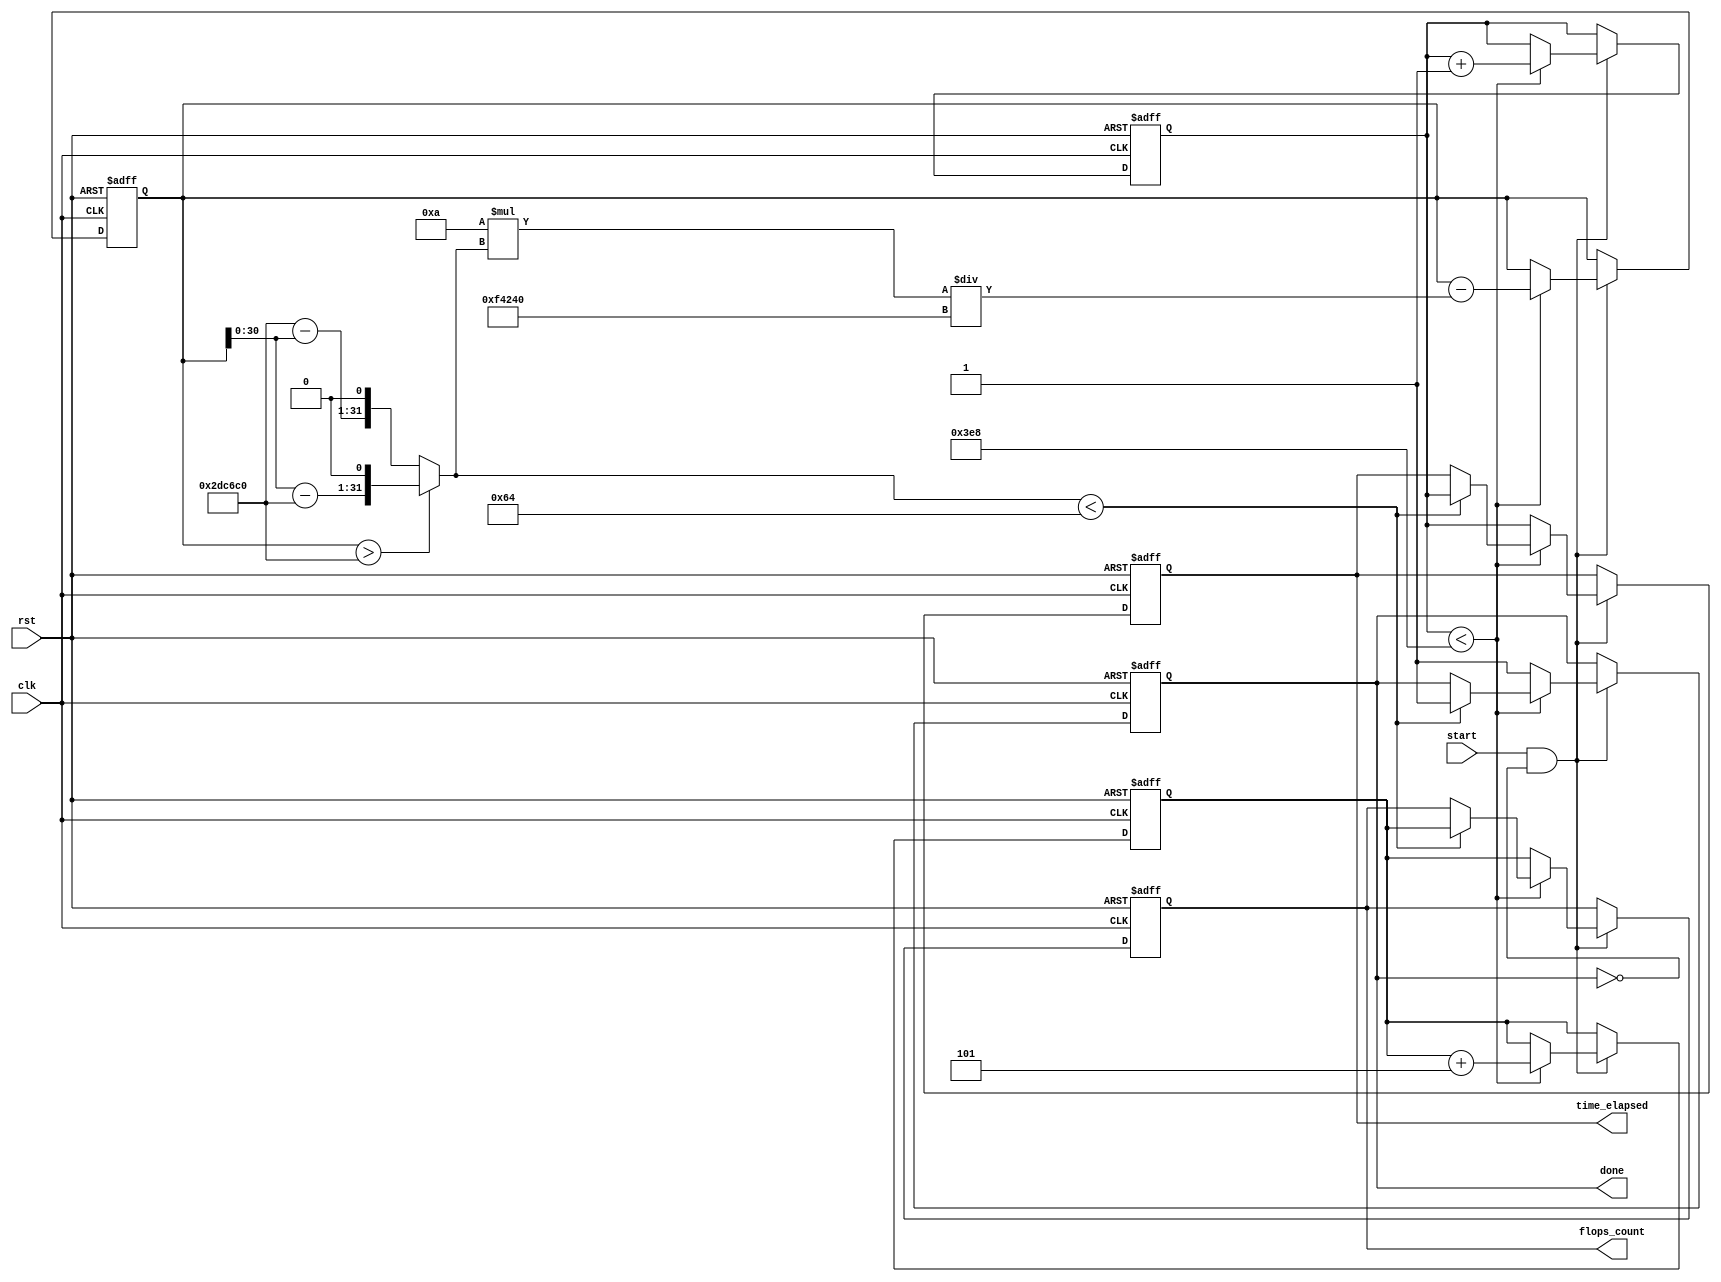
module gradient_descent_timer(
    input clk,            // Clock input (100 MHz onboard clock)
    input rst,            // Reset input
    input start,          // Start computation signal
    output reg [31:0] time_elapsed, // Time elapsed in clock cycles
    output reg [31:0] flops_count,  // Floating Point Operations count
    output reg done       // Computation completion flag
);

    // Constants for fixed-point calculations (6th order precision)
    localparam FIXED_ONE = 32'd1000000; // Fixed-point representation of 1
    localparam LEARNING_RATE = 32'd10;  // Learning rate scaled by FIXED_ONE
    localparam THRESHOLD = 32'd100;     // Threshold for convergence
    localparam MAX_ITER = 1000;         // Maximum iterations

    // Internal variables
    reg [31:0] counter;                 // Iteration counter
    reg [31:0] x;                       // Current value of x
    reg [31:0] flops;                   // FLOPs counter
    wire [31:0] grad;                   // Gradient
    wire [31:0] x_update;               // Updated value of x

    // Computation of gradient: f'(x) = 2*(x - 3*FIXED_ONE)
    assign grad = (x > 3 * FIXED_ONE) ? (x - 3 * FIXED_ONE) << 1 : (3 * FIXED_ONE - x) << 1;

    // Update rule for gradient descent
    assign x_update = x - ((LEARNING_RATE * grad) / FIXED_ONE);

    always @(posedge clk or posedge rst) begin
        if (rst) begin
            counter <= 0;
            x <= FIXED_ONE * 5; // Initial guess (5.0)
            flops <= 0;
            done <= 0;
            time_elapsed <= 0;
            flops_count <= 0;
        end else if (start && !done) begin
            if (counter < MAX_ITER) begin
                x <= x_update;
                counter <= counter + 1;
                flops <= flops + 5; // 2 for subtraction, 2 for multiplication, 1 for division
                if (grad < THRESHOLD) begin
                    done <= 1;
                    flops_count <= flops;
                    time_elapsed <= counter; // Time elapsed in terms of clock cycles
                end
            end else begin
                done <= 1;
                flops_count <= flops;
                time_elapsed <= counter; // Time elapsed in terms of clock cycles
            end
        end
    end
endmodule